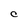
Character: C